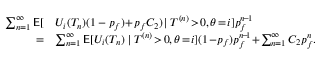
\begin{array} { r l } { \sum _ { n = 1 } ^ { \infty } \mathsf { E } [ } & { U _ { i } ( T _ { n } ) ( 1 - p _ { f } ) \! + \! p _ { f } C _ { 2 } ) \! \mid T ^ { ( n ) } \! > \! 0 , \theta \! = \! i ] p _ { f } ^ { n \! - \! 1 } } \\ { = } & { \sum _ { n = 1 } ^ { \infty } \mathsf { E } [ U _ { i } ( T _ { n } ) \mid T ^ { ( n ) } \! > \! 0 , \theta \! = \! i ] ( 1 \! - \! p _ { f } ) p _ { f } ^ { n \! - \! 1 } \! + \! \sum _ { n = 1 } ^ { \infty } C _ { 2 } p _ { f } ^ { n } . } \end{array}